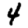
Digit: 4